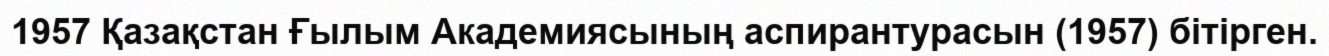
1957 Қазақстан Ғылым Академиясының аспирантурасын (1957) бітірген.